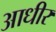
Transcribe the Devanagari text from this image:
आधीर